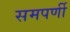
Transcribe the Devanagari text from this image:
समपर्णी